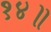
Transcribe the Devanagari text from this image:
१४॥